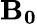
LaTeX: \mathbf{B_{0}}